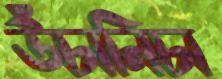
উঁচানিচা